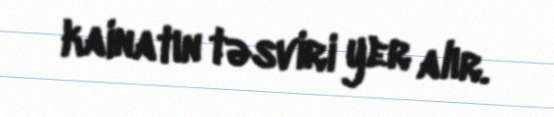
kainatın təsviri yer alır.